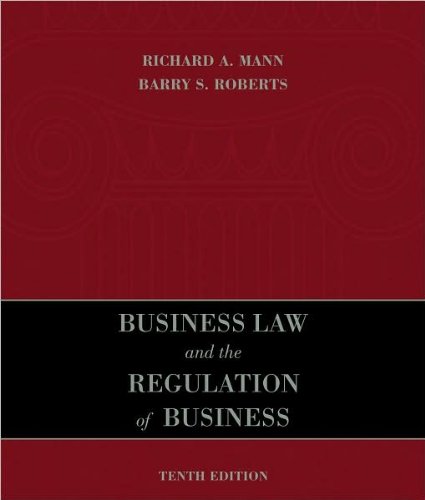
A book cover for R. A. Mann's,B. S. Roberts's 10th(tenth) edition (Business Law and the Regulation of Business (Hardcover))(2010); B. S. Roberts R. A. Mann; Law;